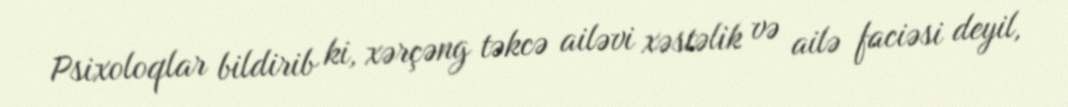
Psixoloqlar bildirib ki, xərçəng təkcə ailəvi xəstəlik və ailə faciəsi deyil,